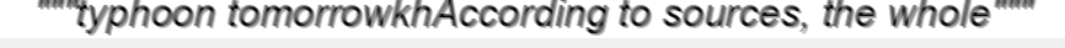
"""typhoon tomorrowkhAccording to sources, the whole"""